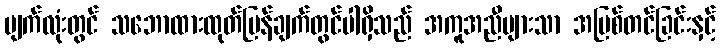
မျက်လုံးတွင် သဘောထားထုတ်ပြန်ချက်တွင်ပါရှိသည် အကူအညီများသာ အပြစ်တင်ခြင်းနှင့်